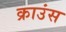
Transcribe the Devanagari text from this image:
क्राउंस